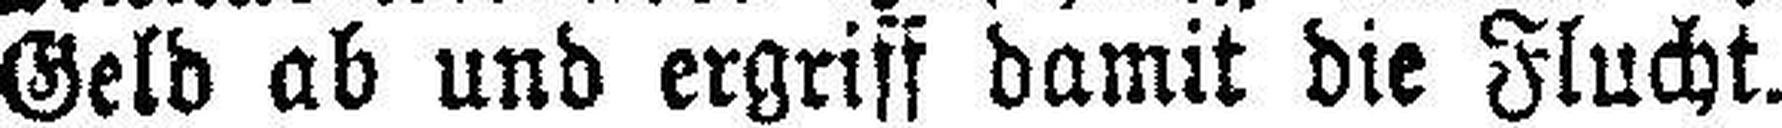
Geld ab und ergriff damit die Flucht.